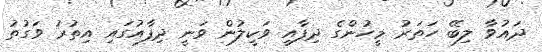
ދައުވާ ލިބޭ ހަތަރު މީހުންގެ ދިފާއީ ވަކީލުން ވަނީ ދިފާއުގައި އިތުރު ވަގުތު